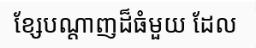
ខ្សែបណ្តាញដ៏ធំមួយ ដែល